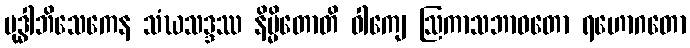
မုဒ္ဓါဘိသေကေန သံဃသဒ္ဒဿ နိမ္မိတောတိ ဝါကျေ ဩကာသဘာဝတော ရဟောဂတော